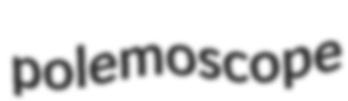
polemoscope